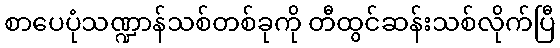
စာပေပုံသဏ္ဍာန်သစ်တစ်ခုကို တီထွင်ဆန်းသစ်လိုက်ပြီ